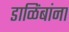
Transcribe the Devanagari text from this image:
डाळिंबांना